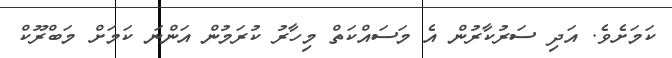
ކަމަށެވެ. އަދި ސަރުކާރުން އެ މަސައްކަތް މިހާރު ކުރަމުން އަންނަ ކަމަށް މަބްރޫޫކް